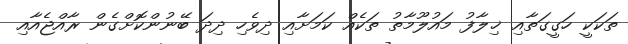
ތަކަކީ ހަގީގަތާއި ޚިލާފު މައުލޫމާތު ތަކެއް ކަމަށާއި ދިވެހި ދިދަ ބޭނުންކޮށްގެން ރާއްޖެއާއި